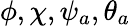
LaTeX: \phi,\chi,\psi_{a},\theta_{a}